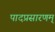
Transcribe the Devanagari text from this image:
पादप्रसारणम्